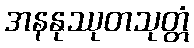
အနနုဿုတသုတ္တံ